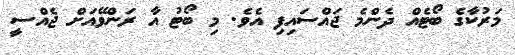
މަރުކާގެ ބޯޓެއް ދެންމެ ޖައްސައިފި އެވެ. މި ބޯޓު އާ ރަންވޭއަށް ޖެއްސީ